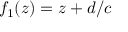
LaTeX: f _ { 1 } ( z ) = z + d / c \quad